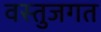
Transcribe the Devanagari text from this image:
वस्तुजगत